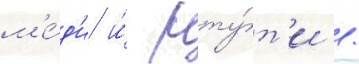
м'е́д'и и́ рту́т'и /